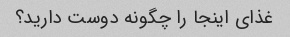
غذای اینجا را چگونه دوست دارید؟